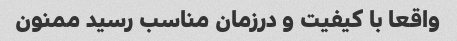
واقعا با کیفیت و درزمان مناسب رسید ممنون